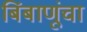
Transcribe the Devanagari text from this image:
बिंबाणूंचा